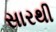
સારથી